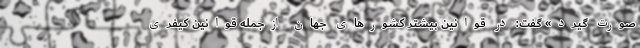
صورت گیرد» گفت: در قوانین بیشتر کشورهای جهان ازجمله قوانین کیفری